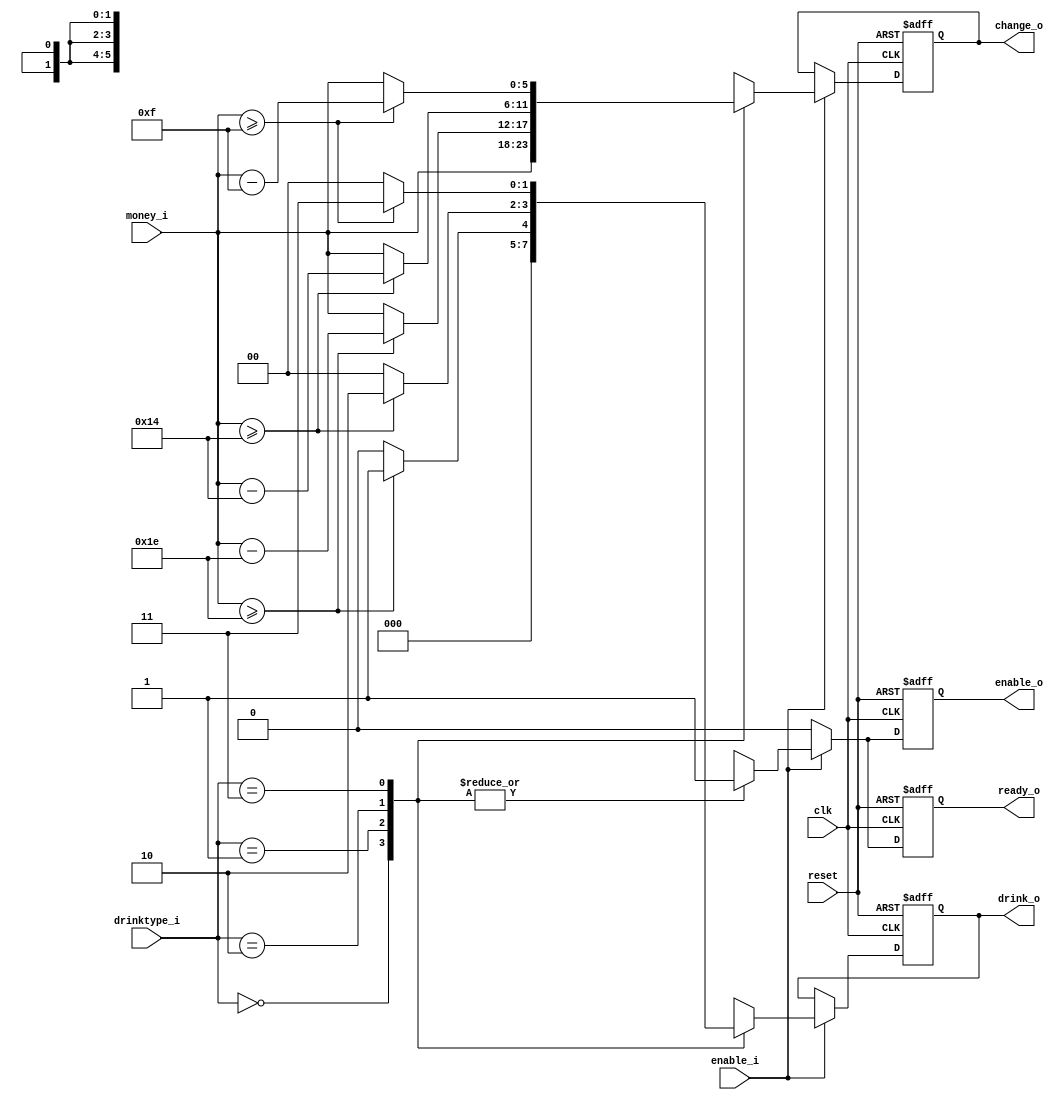
module autoseller(clk, reset, enable_i, money_i, drinktype_i, ready_o, enable_o, change_o, drink_o);

input clk,reset,enable_i;
input [5:0] money_i; 
input [1:0] drinktype_i; 

output reg ready_o;
output reg enable_o;
output reg [5:0] change_o;
output reg [1:0] drink_o;

// sequential
always @(posedge clk or posedge reset) begin

    if (reset) begin
        ready_o <= 1'b1;
        enable_o <= 1'b0;
        change_o <= 6'd0;
        drink_o <= 2'd0;
    end 
    else begin
        if(enable_i) begin
            case (drinktype_i)
                2'b00: begin
                    change_o <= money_i;
                    drink_o <= 2'b00;
                    enable_o <= 1'b1;
                    ready_o <= 1'b1;
                end 
                2'b01: begin
                    if(money_i >= 6'd30) begin
                        change_o <= money_i - 6'd30;
                        drink_o <= 2'b01;
                        enable_o <= 1'b1;
                        ready_o <= 1'b1;
                    end
                    else begin
                        change_o <= money_i;
                        drink_o <= 2'b00;
                        enable_o <= 1'b1;
                        ready_o <= 1'b1;
                    end
                end
                2'b10: begin
                    if(money_i >= 6'd20) begin
                        change_o <= money_i - 6'd20;
                        drink_o <= 2'b10;
                        enable_o <= 1'b1;
                        ready_o <= 1'b1;
                    end
                    else begin
                        change_o <= money_i;
                        drink_o <= 2'b00;
                        enable_o <= 1'b1;
                        ready_o <= 1'b1;
                    end
                end
                2'b11: begin
                    if(money_i >= 6'd15) begin
                        change_o <= money_i - 6'd15;
                        drink_o <= 2'b11;
                        enable_o <= 1'b1;
                        ready_o <= 1'b1;
                    end
                    else begin
                        change_o <= money_i;
                        drink_o <= 2'b00;
                        enable_o <= 1'b1;
                        ready_o <= 1'b1;
                    end
                end
                default: begin
                        change_o <= money_i - 6'd30;
                        drink_o <= 2'b01;
                        enable_o <= 1'b1;
                        ready_o <= 1'b1;
                end
            endcase
        end
        else begin
            enable_o <= 1'b0;
            ready_o <= 1'b0;
        end
    end
end

endmodule